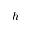
h